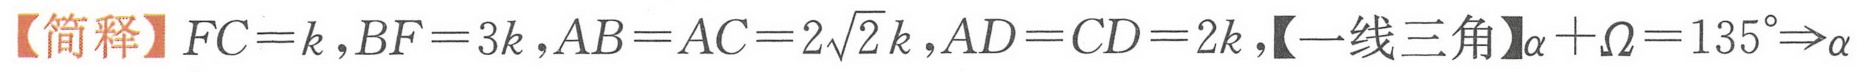
【简释】\(FC = k,BF = 3k,AB = AC = 2\sqrt{2}k,AD = CD = 2k\),【一线三角】\(\alpha+\Omega = 135^{\circ}\Rightarrow\alpha\)